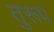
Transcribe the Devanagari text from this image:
तुरूप